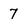
Character: 7